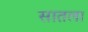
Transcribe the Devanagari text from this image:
सातला